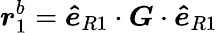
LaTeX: \boldsymbol{r}_{1}^{b}=\boldsymbol{\hat{e}}_{R1}\cdot\boldsymbol{G}\cdot\boldsymbol{\hat{e}}_{R1}